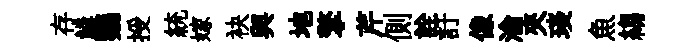
存鱗鸚授統嫁袂與地擎芹側詮訏像淪夾琰魚縐